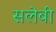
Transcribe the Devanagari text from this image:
सलेबी